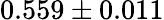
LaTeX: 0.559\pm 0.011